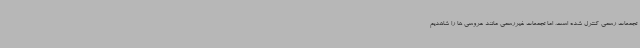
تجمعات رسمی کنترل شده است، اما تجمعات غیررسمی مانند عروسی ها را شاهدیم